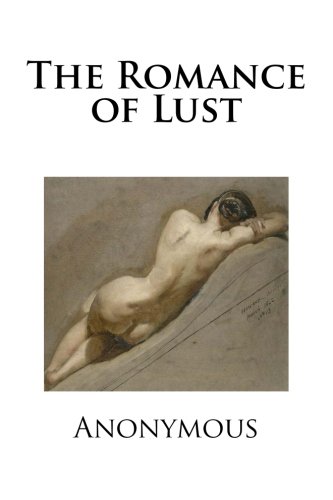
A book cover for The Romance of Lust; Anonymous; Romance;